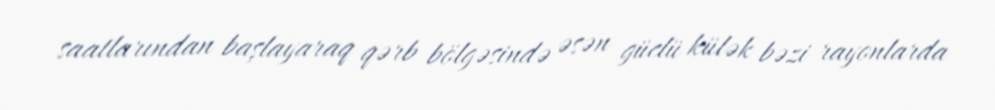
saatlarından başlayaraq qərb bölgəsində əsən güclü külək bəzi rayonlarda